65_HS1-834228961_62-HQ-83894_Serial_164
Agency: FBI
Page 75
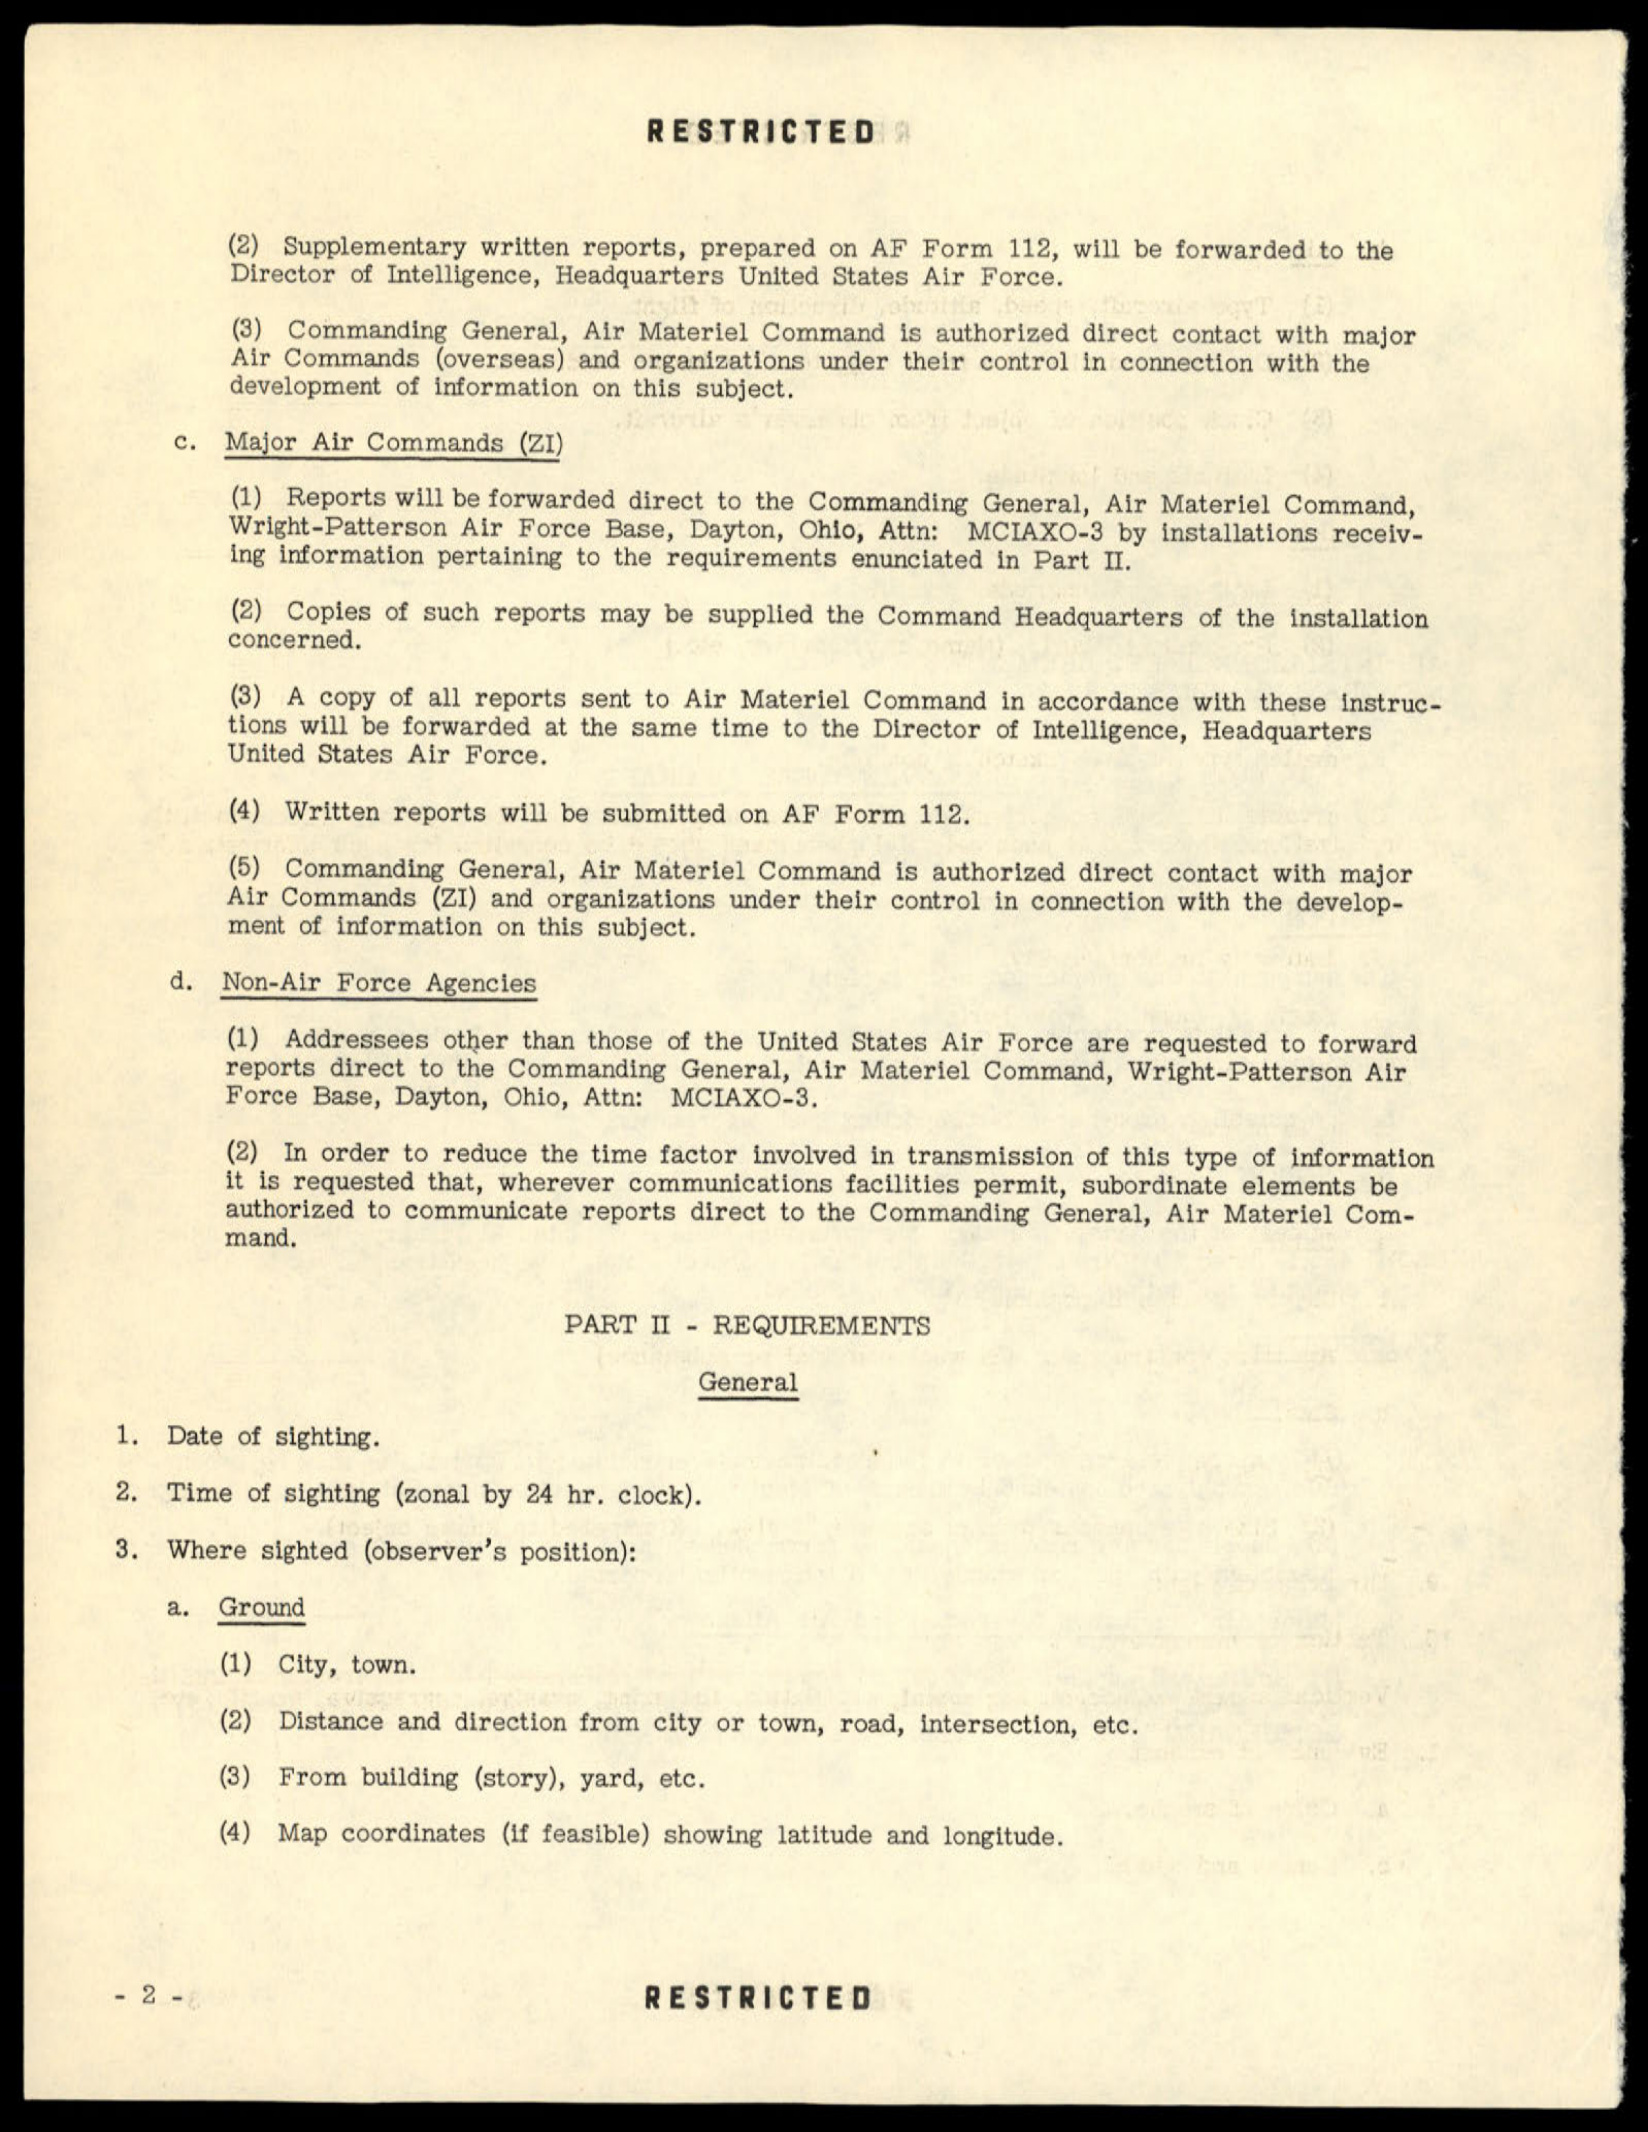